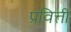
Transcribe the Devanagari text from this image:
प्रवित्ती